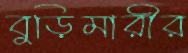
বুড়িমারীর